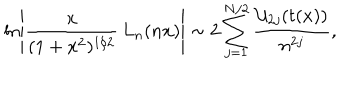
\ln \left\vert { \frac { x } { ( 1 + x ^ { 2 } ) ^ { 1 / 2 } } } \, L _ { n } ( n x ) \right\vert \sim 2 \sum _ { j = 1 } ^ { N / 2 } { \frac { { \cal U } _ { 2 j } ( t ( x ) ) } { n ^ { 2 j } } } ,